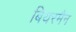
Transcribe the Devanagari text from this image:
बियरमैन